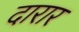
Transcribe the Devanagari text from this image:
दारार